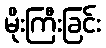
မိုးကြီးခြင်း